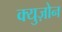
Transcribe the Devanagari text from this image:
क्युज़ोन